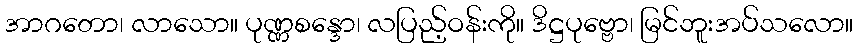
အာဂတော၊ လာသော။ ပုဏ္ဏစန္ဒော၊ လပြည့်ဝန်းကို။ ဒိဋ္ဌပုဗ္ဗော၊ မြင်ဘူးအပ်သလော။